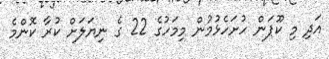
އަދި މި ކޫޕަން ހުށަހެޅުމުން މިމަހުގެ 22 ގެ ނިޔަލަށް ކުރާ ކޮންމެ